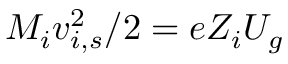
M _ { i } v _ { i , s } ^ { 2 } / 2 = e Z _ { i } U _ { g }